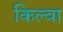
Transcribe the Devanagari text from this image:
किल्वा